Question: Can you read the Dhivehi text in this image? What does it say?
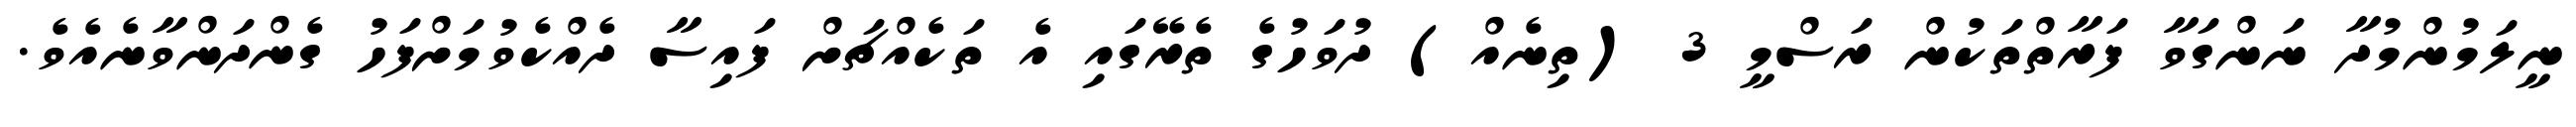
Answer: ނީލަމުންމުދާ ނަންގަވާ ފަރާތްތަކުން ރަސްމީ 3 (ތިނެއް) ދުވަހުގެ ތެރޭގައި އެ ތަކެއްޗަށް ފައިސާ ދެއްކެވުމަށްފަހު ގެންދަންވާނެއެވެ.